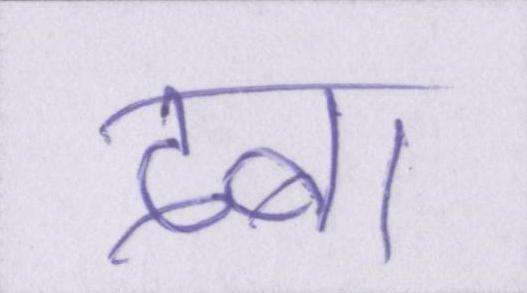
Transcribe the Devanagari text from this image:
दबा